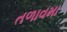
તળાવમા